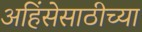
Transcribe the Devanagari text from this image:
अहिंसेसाठीच्या